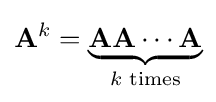
\mathbf {A} ^{k}=\underbrace {\mathbf {A} \mathbf {A} \cdots \mathbf {A} } _{k{\text{ times}}}